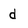
Character: d